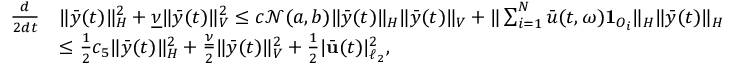
\begin{array} { r l } { \frac { d } { 2 d t } } & { \| \bar { y } ( t ) \| _ { H } ^ { 2 } + \underline { { \nu } } \| \bar { y } ( t ) \| _ { V } ^ { 2 } \leq c \mathcal { N } ( a , b ) \| \bar { y } ( t ) \| _ { H } \| \bar { y } ( t ) \| _ { V } + \| \sum _ { i = 1 } ^ { N } \bar { u } ( t , \omega ) \mathbf { 1 } _ { O _ { i } } \| _ { H } \| \bar { y } ( t ) \| _ { H } } \\ & { \leq \frac { 1 } { 2 } c _ { 5 } \| \bar { y } ( t ) \| _ { H } ^ { 2 } + \frac { \underline { { \nu } } } { 2 } \| \bar { y } ( t ) \| _ { V } ^ { 2 } + \frac { 1 } { 2 } | \bar { \mathbf { u } } ( t ) | _ { \ell _ { 2 } } ^ { 2 } , } \end{array}